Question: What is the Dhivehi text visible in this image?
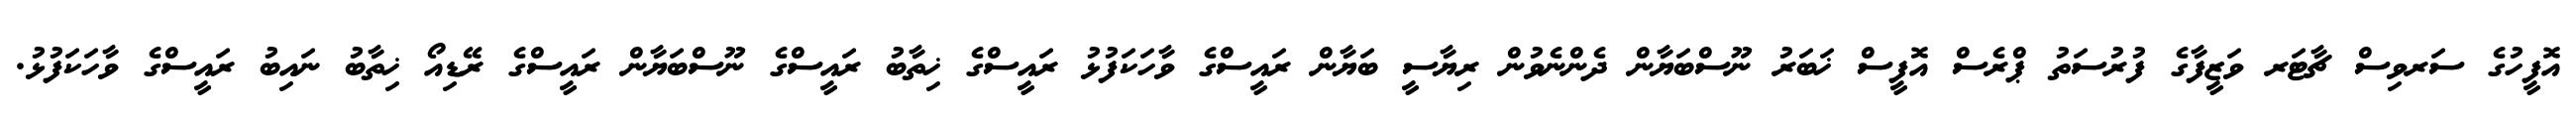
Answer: އޮފީހުގެ ސަރވިސް ޗާޓަރ ވަޒީފާގެ ފުރުސަތު ޕްރެސް އޮފީސް ޚަބަރު ނޫސްބަޔާން ދެންނެވުން ރިޔާސީ ބަޔާން ރައީސްގެ ވާހަކަފުޅު ރައީސްގެ ޚިތާބު ރައީސްގެ ނޫސްބަޔާން ރައީސްގެ ރޭޑިއޯ ޚިތާބު ނައިބު ރައީސްގެ ވާހަކަފުޅު.